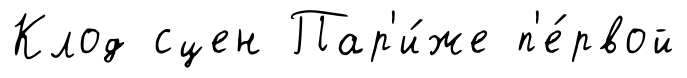
Клод сцен Пар'и́же п'е́рвой